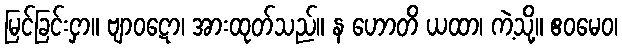
မြင်ခြင်းငှာ။ ဗျာဝဋော၊ အားထုတ်သည်။ န ဟောတိ ယထာ၊ ကဲ့သို့။ ဧဝမေဝ၊